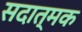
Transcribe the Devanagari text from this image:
सदात्मक